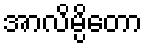
အာလိမ္ပိတော